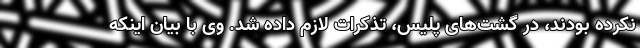
نکرده بودند، در گشت‌های پلیس، تذکرات لازم داده شد. وی با بیان اینکه